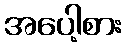
အပေါ့စား